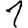
Digit: 1